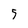
Character: 5